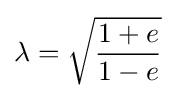
\lambda ={\sqrt {\frac {1+e}{1-e}}}